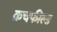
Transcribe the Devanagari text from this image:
क्रचफील्ड